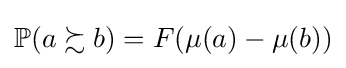
\mathbb {P} (a\succsim b)=F(\mu (a)-\mu (b))